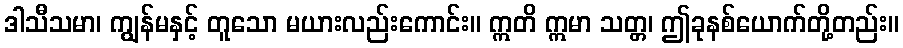
ဒါသီသမာ၊ ကျွန်မနှင့် တူသော မယားလည်းကောင်း။ ဣတိ ဣမာ သတ္တ၊ ဤခုနစ်ယောက်တို့တည်း။